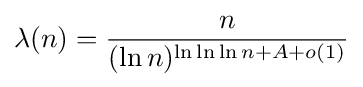
\lambda (n)={\frac {n}{(\ln n)^{\ln \ln \ln n+A+o(1)}}}